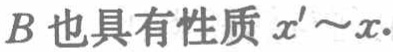
$B也具有性质x'\sim x.$